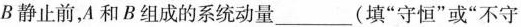
B静止前，A和B组成的系统动量___(填”守恒”或”不守